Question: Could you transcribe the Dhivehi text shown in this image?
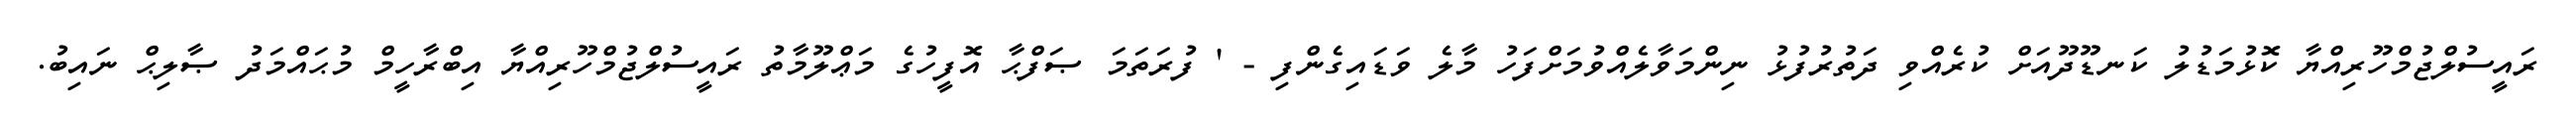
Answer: ރައީސުލްޖުމްހޫރިއްޔާ ކޮޅުމަޑުލު ކަނޑޫދޫއަށް ކުރެއްވި ދަތުރުފުޅު ނިންމަވާލެއްވުމަށްފަހު މާލެ ވަޑައިގެންފި - ' ފުރަތަމަ ޞަފްޙާ އޮފީހުގެ މަޢްލޫމާތު ރައީސުލްޖުމްހޫރިއްޔާ އިބްރާހީމް މުޙައްމަދު ޞާލިޙް ނައިބު.